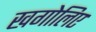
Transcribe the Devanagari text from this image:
खगोलिए